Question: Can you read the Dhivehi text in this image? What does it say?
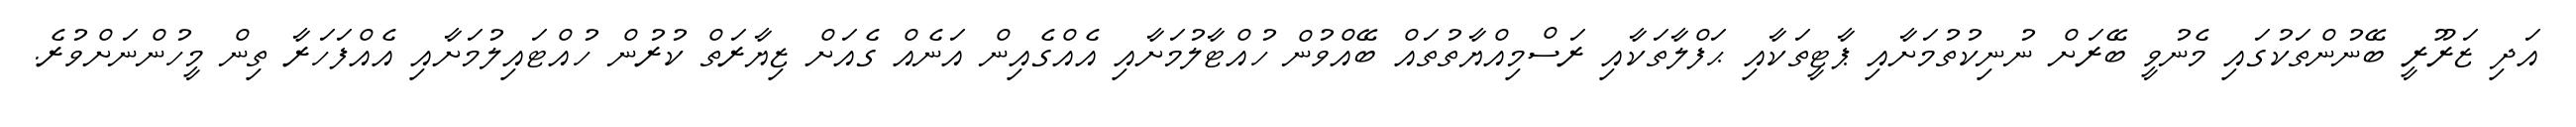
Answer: އަދި ޒަރޫރީ ބޭނުންތަކުގައި މެނުވީ ބޭރަށް ނުނިކުތުމަށާއި ޕާޓީތަކާއި ޙަފްލާތަކާއި ރަސްމިއްޔާތުތައް ބޭއްވުން ހުއްޓާލުމަށާއި އެއްގެއިން އަނެއް ގެއަށް ޒިޔާރަތް ކުރުން ހުއްޓައިލުމަށާއި އެއްފަހަރާ ތިން މީހުންނަށްވުރެ.